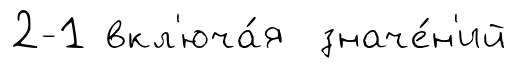
2-1 вкл'юча́я значе́н'ий